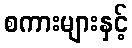
စကားများနှင့်